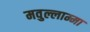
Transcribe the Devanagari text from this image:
मवुल्लाम्मा